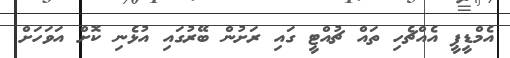
އެމްޑީޕީ އެއްޗެހި ތައް ޗުއްޓީ ގައި ރަށުން ބޭރުގައި އުޅެނި ކޮށް އަވަހަށް